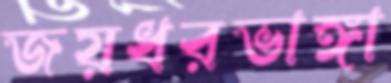
জয়ধরভাঙ্গা